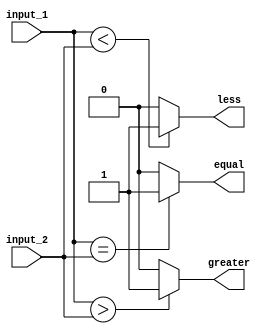
module comparator (
    input [15:0] input_1,
    input [15:0] input_2,
    output greater,
    output less,
    output equal
);

assign greater = (input_1 > input_2) ? 1 : 0;
assign less = (input_1 < input_2) ? 1 : 0;
assign equal = (input_1 == input_2) ? 1 : 0;

endmodule